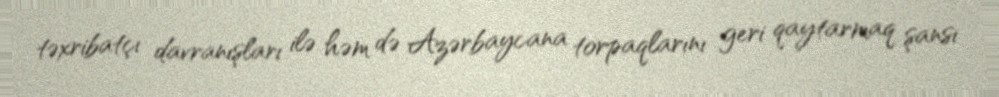
təxribatçı davranışları ilə həm də Azərbaycana torpaqlarını geri qaytarmaq şansı